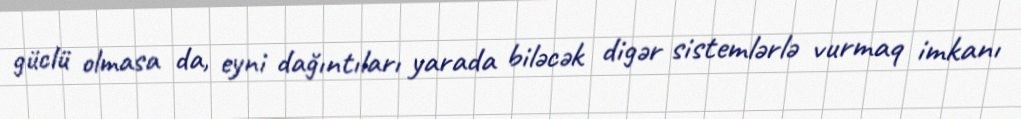
güclü olmasa da, eyni dağıntıları yarada biləcək digər sistemlərlə vurmaq imkanı